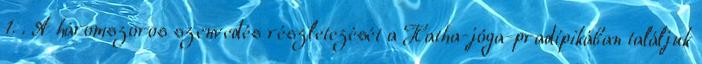
1. . A háromszoros szenvedés részletezését a Hatha-jóga-pradípikában találjuk